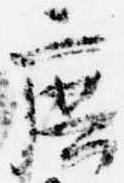
庶